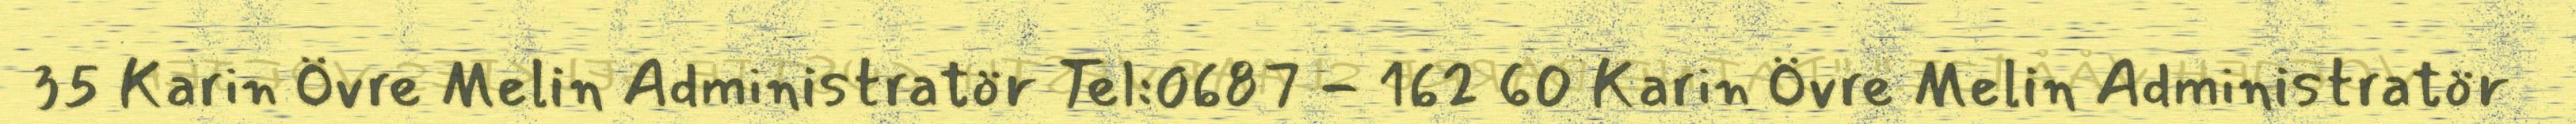
35 Karin Övre Melin Administratör Tel:0687 - 162 60 Karin Övre Melin Administratör